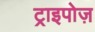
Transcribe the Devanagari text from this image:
ट्राइपोज़